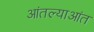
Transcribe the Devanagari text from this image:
आंतल्याआंत